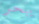
يبحر